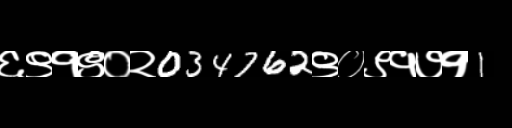
Text: ६९१९०२034762९०९१७१1